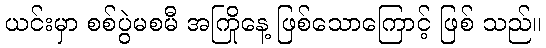
ယင်းမှာ စစ်ပွဲမစမီ အကြိုနေ့ ဖြစ်သောကြောင့် ဖြစ် သည်။